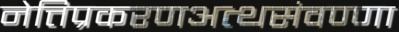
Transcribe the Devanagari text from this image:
नेत्तिप्रकरणअत्थसंवण्णा